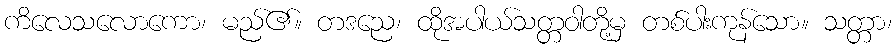
ကိလေသလောကော၊ မည်၏။ တဒညေ၊ ထိုအပါယ်သတ္တဝါတို့မှ တစ်ပါးကုန်သော။ သတ္တာ၊